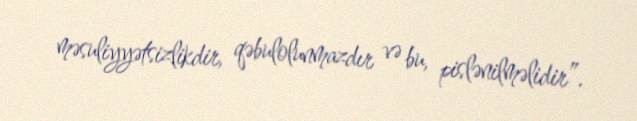
məsuliyyətsizlikdir, qəbulolunmazdır və bu, pislənilməlidir”.